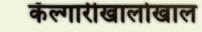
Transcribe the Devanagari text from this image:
कॅल्गारीखालोखाल